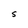
Character: S